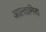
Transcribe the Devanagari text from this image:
आल्तामिरा